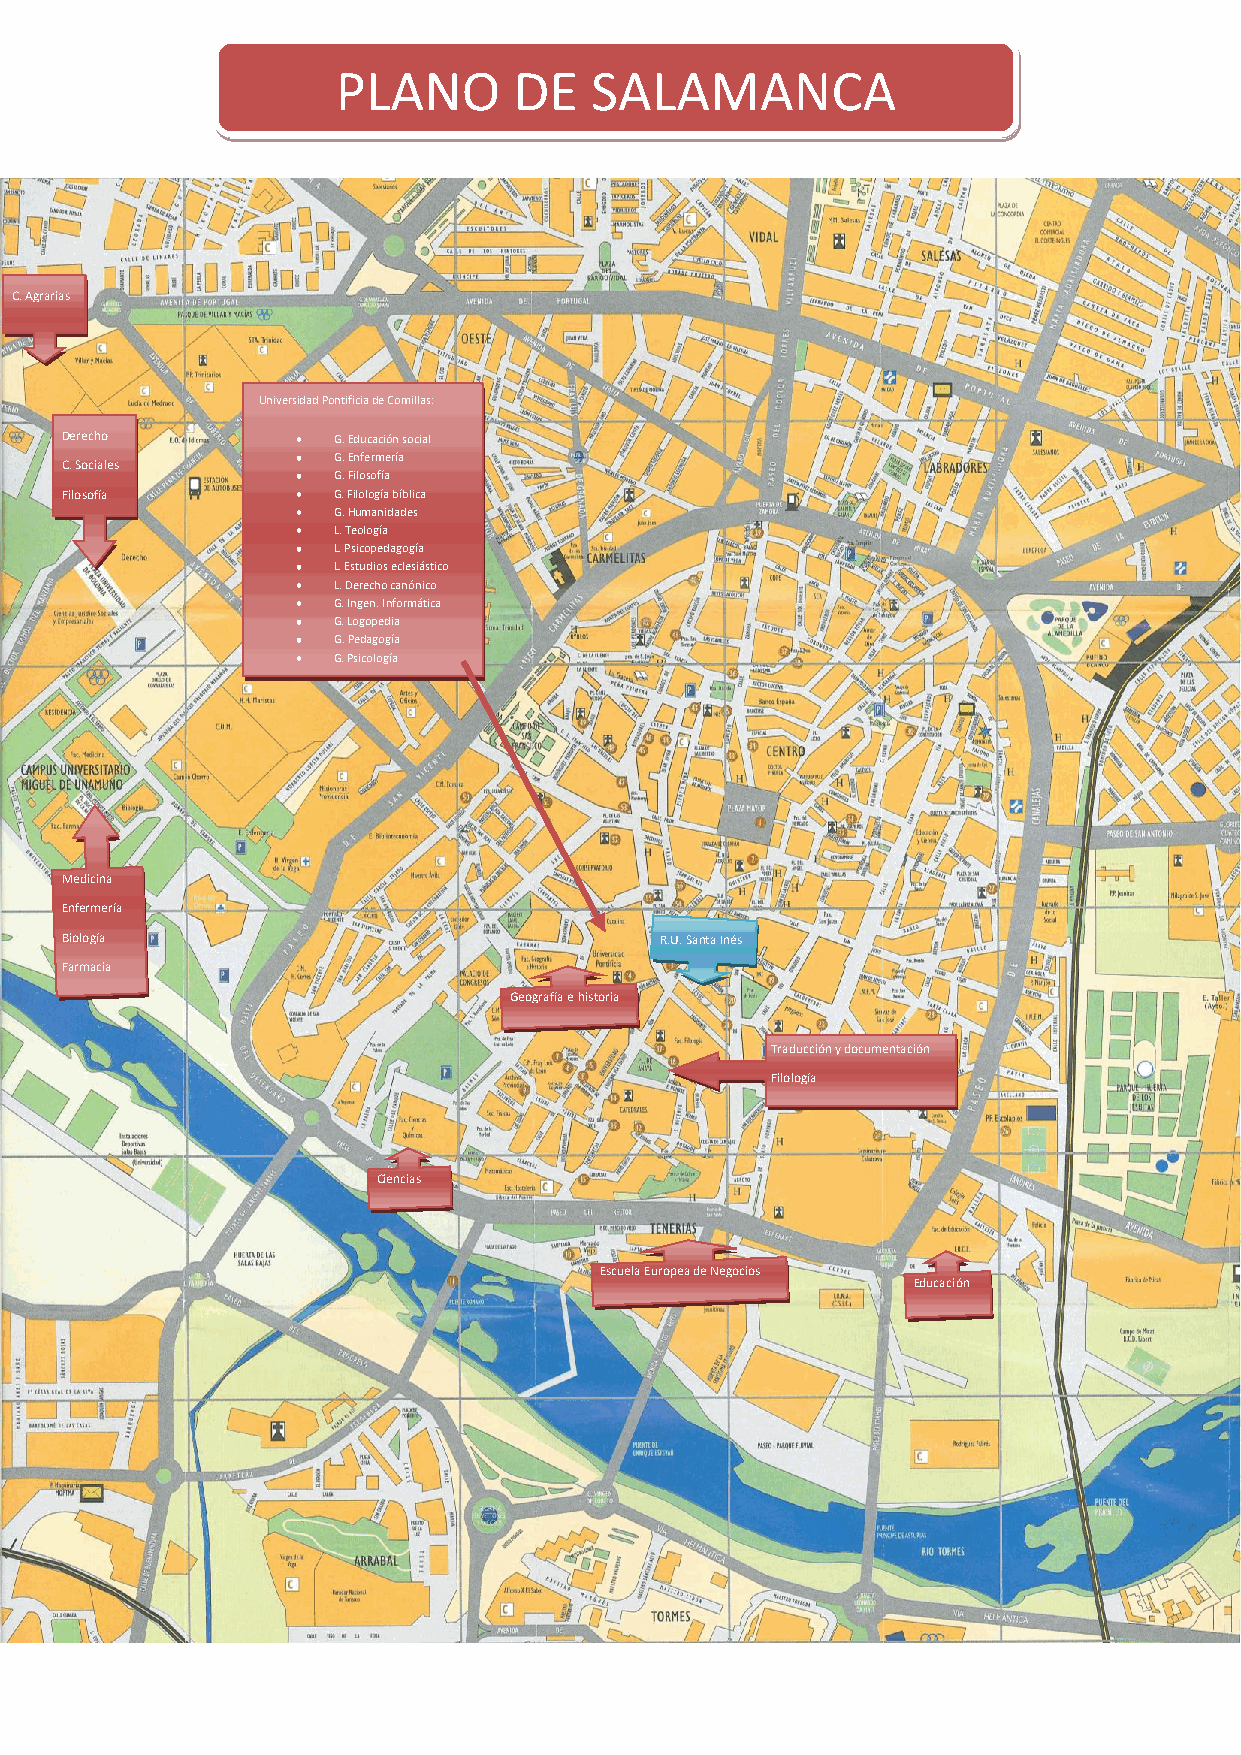
PLANO       DE   SALAMANCA
 C. Agrarias
 Universidad Pontificia de Comillas:
 Derecho           G. Educación social
 G. Enfermería
 C. Sociales
 G. Filosofía
 Filosofía         G. Filología bíblica
 G. Humanidades
 L. Teología
 L. Psicopedagogía
 L. Estudios eclesiástico
 L. Derecho canónico
 G. Ingen. Informática
 G. Logopedia
 G. Pedagogía
 G. Psicología
 Medicina
 Enfermería
 Biología                                R.U. Santa Inés
 Farmacia
 Geografía e historia
 Traducción y documentación
 Filología
 Ciencias
 Escuela Europea de Negocios
 Educación